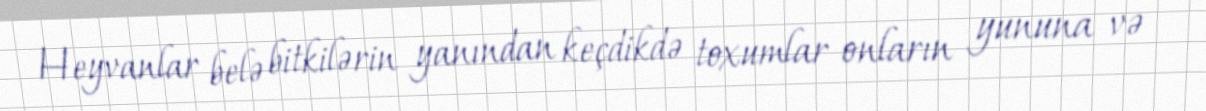
Heyvanlar belə bitkilərin yanından keçdikdə toxumlar onların yununa və